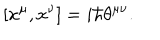
LaTeX: [ x ^ { \mu } , x ^ { \nu } ] = i \hbar \theta ^ { \mu \nu } .